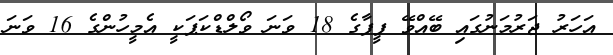
އަހަރު ޖަރުމަނުގައި ބޭއްވޭ ފީފާގެ 18 ވަނަ ވޯލްޑްކަޕަކީ އެމީހުންގެ 16 ވަނަ